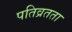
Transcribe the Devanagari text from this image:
पतिव्रतता